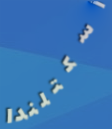
أسكتلندا